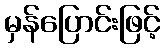
မှန်ပြောင်းဖြင့်